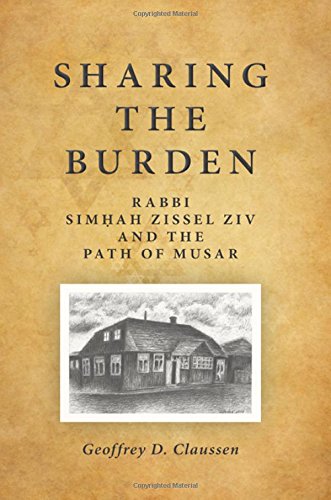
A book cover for Sharing the Burden: Rabbi Simhah Zissel Ziv and the Path of Musar (Suny Series in Contemporary Jewish Thought); Geoffrey D. Claussen; Religion & Spirituality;